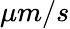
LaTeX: \mu m/s